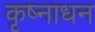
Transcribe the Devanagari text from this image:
कृष्नाधन